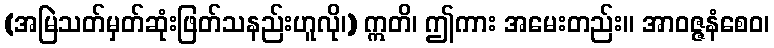
(အမြဲသတ်မှတ်ဆုံးဖြတ်သနည်းဟူလို၊) ဣတိ၊ ဤကား အမေးတည်း။ အာဝဇ္ဇနံစေဝ၊